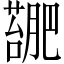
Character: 𫉳